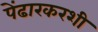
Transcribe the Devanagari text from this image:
पेंढारकरशी